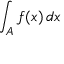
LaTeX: \int _ { A } f ( x ) \, d x